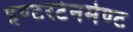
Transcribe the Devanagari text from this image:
इण्टरटेनमेण्ट